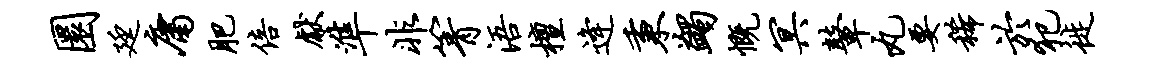
圜廷庸肥倍献准非箐浯檀逄秉蠲慨冥鼙丸要稀於犯徙